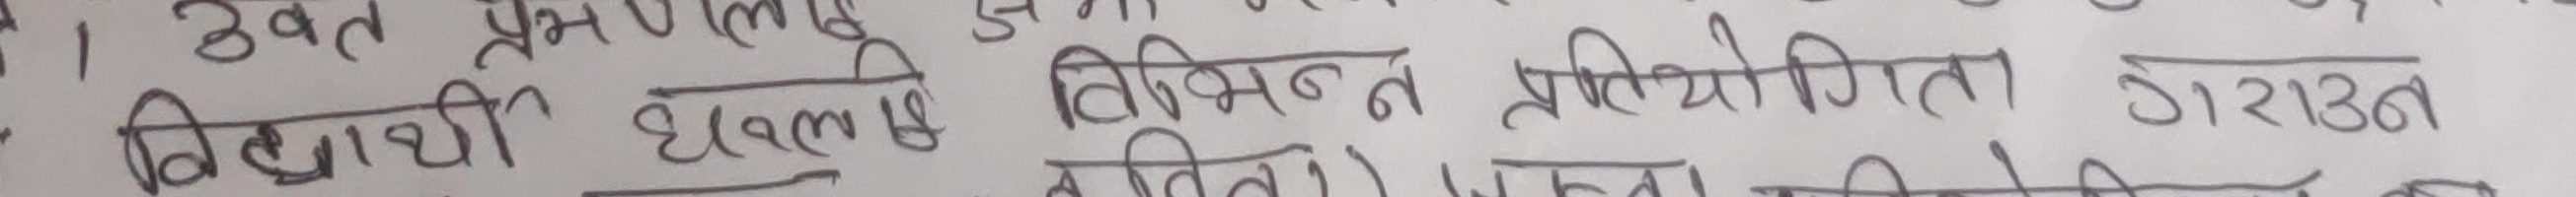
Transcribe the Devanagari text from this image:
विद्यार्थी द्यवस विभिन प्रतियोगिताका